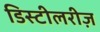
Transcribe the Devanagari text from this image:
डिस्टीलरीज़